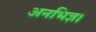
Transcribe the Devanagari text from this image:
अनभिज्ञ।